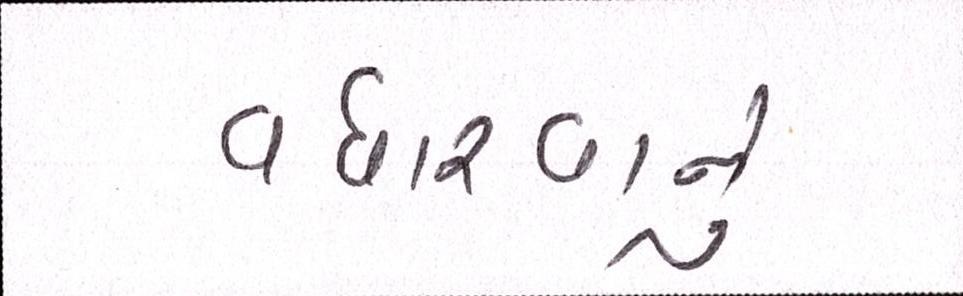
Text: વધારવાનું